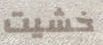
خشيت